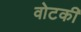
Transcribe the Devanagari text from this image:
वोटकी